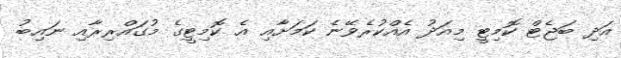
އަދި ބަޖެޓް ކޮމިޓީ މިއަދު އެއްކުރެވޭނެ ކަމަށާއި އެ ކޮމިޓީގެ މުގައްރިރާއި ނައިބު